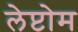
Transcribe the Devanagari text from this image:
लेप्टोम